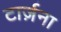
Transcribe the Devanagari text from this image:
टार्ज़ना